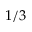
1 / 3